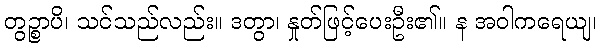
တွဉ္စာပိ၊ သင်သည်လည်း။ ဒတွာ၊ နှုတ်ဖြင့်ပေးဦး၏။ န အဝါကရေယျ၊